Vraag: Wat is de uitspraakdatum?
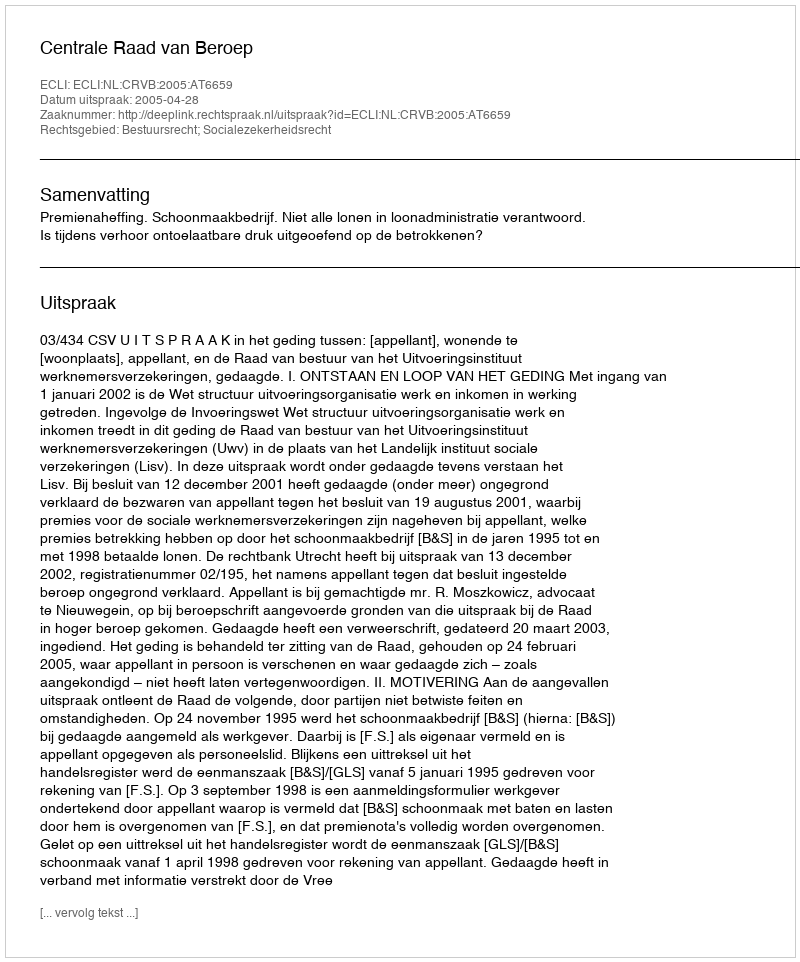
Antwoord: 2005-04-28